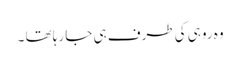
وہ روہی کی طرف ہی جا رہا تھا ۔